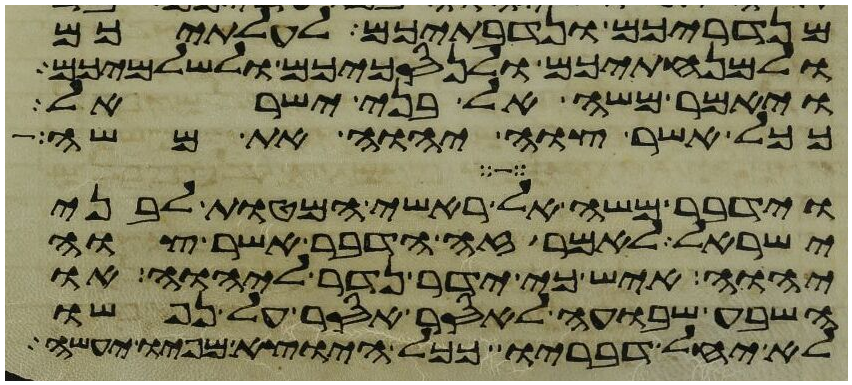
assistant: מנדריכם ונדבתיכם לעלתיכם
ולמנחתיכם ולנסכיכם ולשלמיכם
ויאמר משה אל בני ישראל
ככל אשר צוה יהוה את משה
וידבר משה אל ראשי המטות לבני
ישראל לאמר זה הדבר אשר צוה
יהוה איש כי ידר נדר ליהוה או
השבע שבועה לאסר אסר על נפשו
לא יחל דבריו ככל היוצא מפיו יעשה